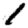
Digit: 1